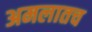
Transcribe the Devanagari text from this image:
अमलातच